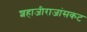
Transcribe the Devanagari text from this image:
शहाजीराजांसकट